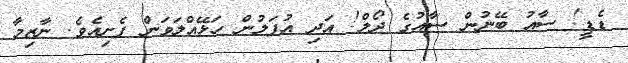
ޑެޑީ! ސާއު ބޭނުން ސާއުގެ ދޯލް! އަދި އުފަލުން ހަޅޭއްލަވަން ފެށިއެވެ. ނާޒިމާ